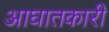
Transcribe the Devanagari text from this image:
आघातकारी